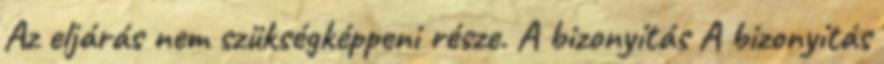
Az eljárás nem szükségképpeni része. A bizonyítás A bizonyítás